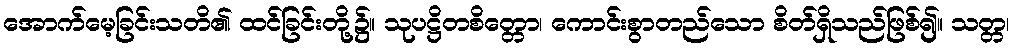
အောက်မေ့ခြင်းသတိ၏ ထင်ခြင်းတို့၌။ သုပဋ္ဌိတစိတ္တော၊ ကောင်းစွာတည်သော စိတ်ရှိသည်ဖြစ်၍။ သတ္တ၊